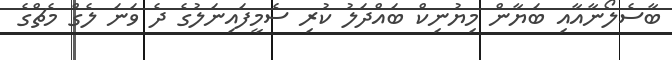
ބާސެލޯނާއާއި ބަޔާން މިޔުނިކް ބައްދަލު ކުރި ސެމީފައިނަލުގެ ދެ ވަނަ ލެގް މެޗްގެ